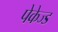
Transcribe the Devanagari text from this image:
पेकेज्ड